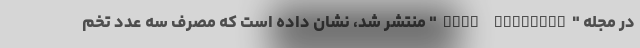
در مجله "PLOS Medicine" منتشر شد، نشان داده است که مصرف سه عدد تخم